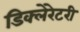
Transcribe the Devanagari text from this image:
डिक्लेरेटरी